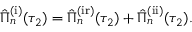
\begin{array} { r } { \hat { \Pi } _ { n } ^ { \mathrm { ( i ) } } ( \tau _ { 2 } ) = \hat { \Pi } _ { n } ^ { \mathrm { ( i r ) } } ( \tau _ { 2 } ) + \hat { \Pi } _ { n } ^ { \mathrm { ( i i ) } } ( \tau _ { 2 } ) . } \end{array}